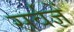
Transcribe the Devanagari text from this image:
सर्वज्ञें